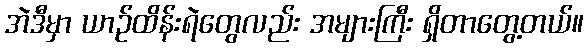
အဲဒီမှာ ယာဉ်ထိန်းရဲတွေလည်း အများကြီး ရှိတာတွေ့တယ်။